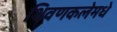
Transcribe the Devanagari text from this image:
शिवणकलेमधे